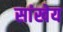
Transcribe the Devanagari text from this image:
सांखेय